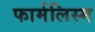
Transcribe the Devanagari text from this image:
फार्मलिस्म